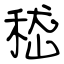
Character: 嵇